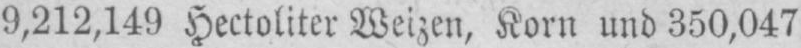
9,212,149 Hectoliter Weizen, Korn und 350,047